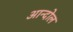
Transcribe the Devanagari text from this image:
आन्दोल